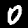
Label: 0